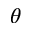
\theta